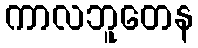
ကာလဘူတေန